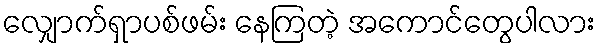
လျှောက်ရှာပစ်ဖမ်း နေကြတဲ့ အကောင်တွေပါလား